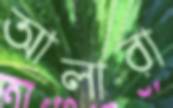
আলারা